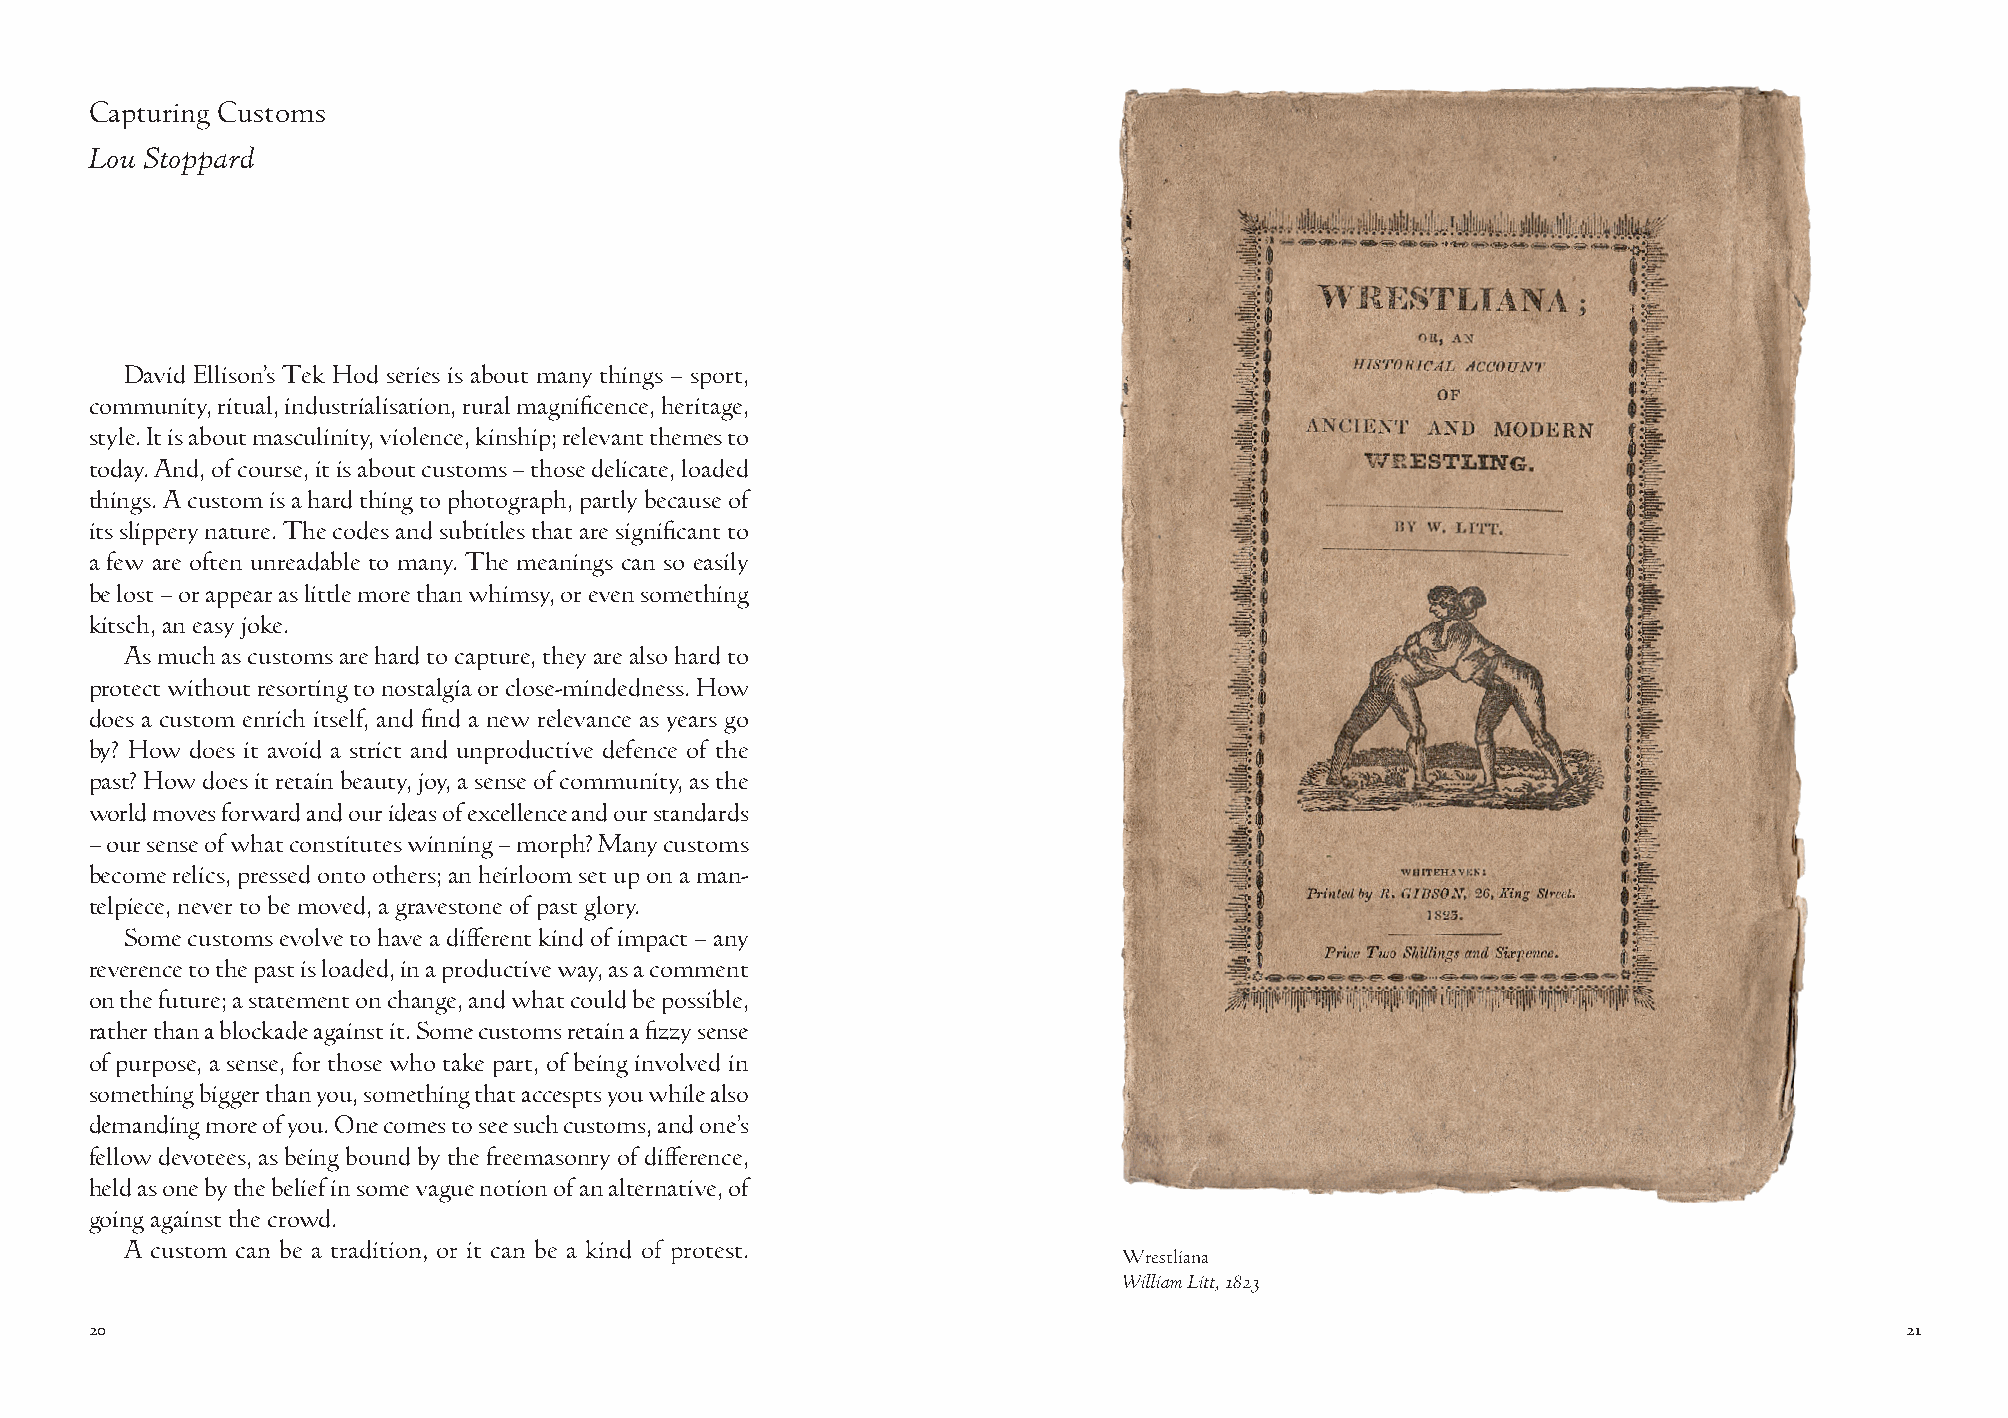
Capturing Customs
 Lou Stoppard
 David Ellison’s Tek Hod series is about many things – sport,
 community, ritual, industrialisation, rural magnificence, heritage,
 style. It is about masculinity, violence, kinship; relevant themes to
 today. And, of course, it is about customs – those delicate, loaded
 things. A custom is a hard thing to photograph, partly because of
 its slippery nature. The codes and subtitles that are significant to
 a few are often unreadable to many. The meanings can so easily
 be lost – or appear as little more than whimsy, or even something
 kitsch, an easy joke.
 As much as customs are hard to capture, they are also hard to
 protect without resorting to nostalgia or close-mindedness. How
 does a custom enrich itself, and find a new relevance as years go
 by? How does it avoid a strict and unproductive defence of the
 past? How does it retain beauty, joy, a sense of community, as the
 world moves forward and our ideas of excellence and our standards
 – our sense of what constitutes winning – morph? Many customs
 become relics, pressed onto others; an heirloom set up on a man-
 telpiece, never to be moved, a gravestone of past glory.
 Some customs evolve to have a different kind of impact – any
 reverence to the past is loaded, in a productive way, as a comment
 on the future; a statement on change, and what could be possible,
 rather than a blockade against it. Some customs retain a fizzy sense
 of purpose, a sense, for those who take part, of being involved in
 something bigger than you, something that accespts you while also
 demanding more of you. One comes to see such customs, and one’s
 fellow devotees, as being bound by the freemasonry of difference,
 held as one by the belief in some vague notion of an alternative, of
 going against the crowd.
 A custom can be a tradition, or it can be a kind of protest.
 Wrestliana
 William Litt, 1823
 20                                                                                                                      21